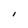
Character: I